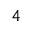
^ { 4 }